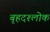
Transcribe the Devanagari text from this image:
बृहदश्लोक